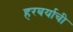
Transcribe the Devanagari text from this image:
हरबर्याची